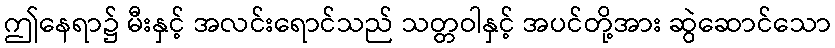
ဤနေရာ၌ မီးနှင့် အလင်းရောင်သည် သတ္တဝါနှင့် အပင်တို့အား ဆွဲဆောင်သော